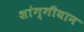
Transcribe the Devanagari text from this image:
शांग्गीयान